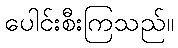
ပေါင်းစီးကြသည်။